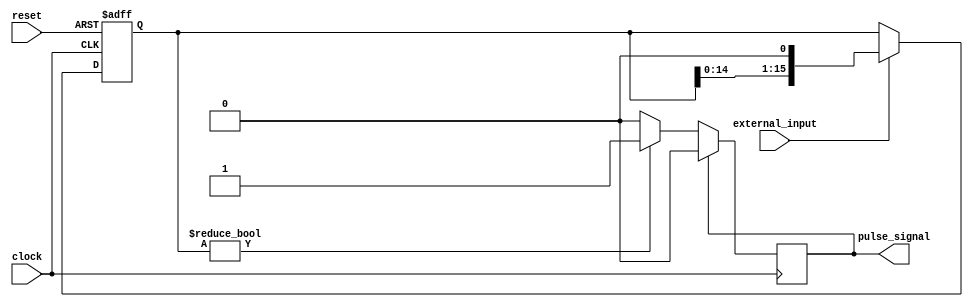
module async_pulse_generator(
    input wire clock,
    input wire reset,
    input wire external_input,
    output reg pulse_signal
);

reg [15:0] pulse_width;
reg [15:0] pulse_period;

always @(posedge clock or posedge reset) begin
    if (reset) begin
        pulse_width <= 16'd0;
        pulse_period <= 16'd0;
    end else begin
        if (external_input) begin
            pulse_width <= {pulse_width[14:0], 1'b0}; // Adjust pulse width based on input
            pulse_period <= {pulse_period[14:0], 1'b0}; // Adjust pulse period based on input
        end
    end
end

always @(posedge clock) begin
    if (pulse_signal) begin
        pulse_signal <= 1'b0; // Reset pulse signal after pulse width
    end else begin
        if (pulse_width != 16'd0) begin
            pulse_signal <= 1'b1; // Set pulse signal high for pulse width duration
        end
    end
end

endmodule